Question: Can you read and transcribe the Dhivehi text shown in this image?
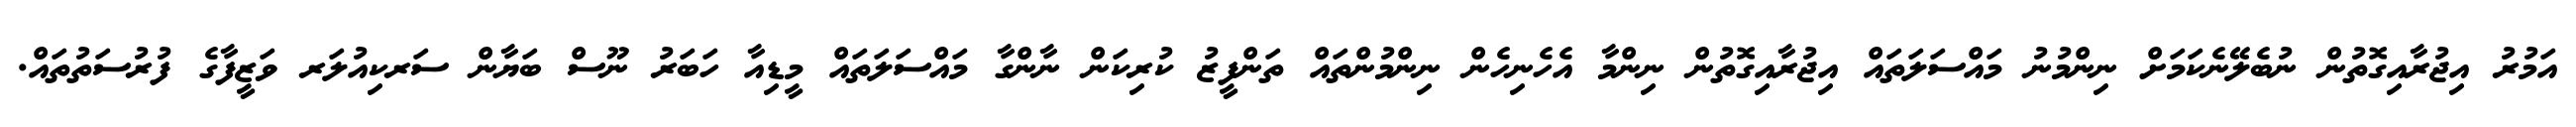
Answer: އަމުރު އިޖުރާއިގޮތުން ނުބެލޭނެކަމަށް ނިންމުނު މައްސަލަތައް އިޖުރާއިގޮތުން ނިންމާ އެހެނިހެން ނިންމުންތައް ތަންފީޒު ކުރިކަން ނާންގާ މައްސަލަތައް މީޑިއާ ހަބަރު ނޫސް ބަޔާން ސަރކިއުލަރ ވަޒީފާގެ ފުރުސަތުތައް.